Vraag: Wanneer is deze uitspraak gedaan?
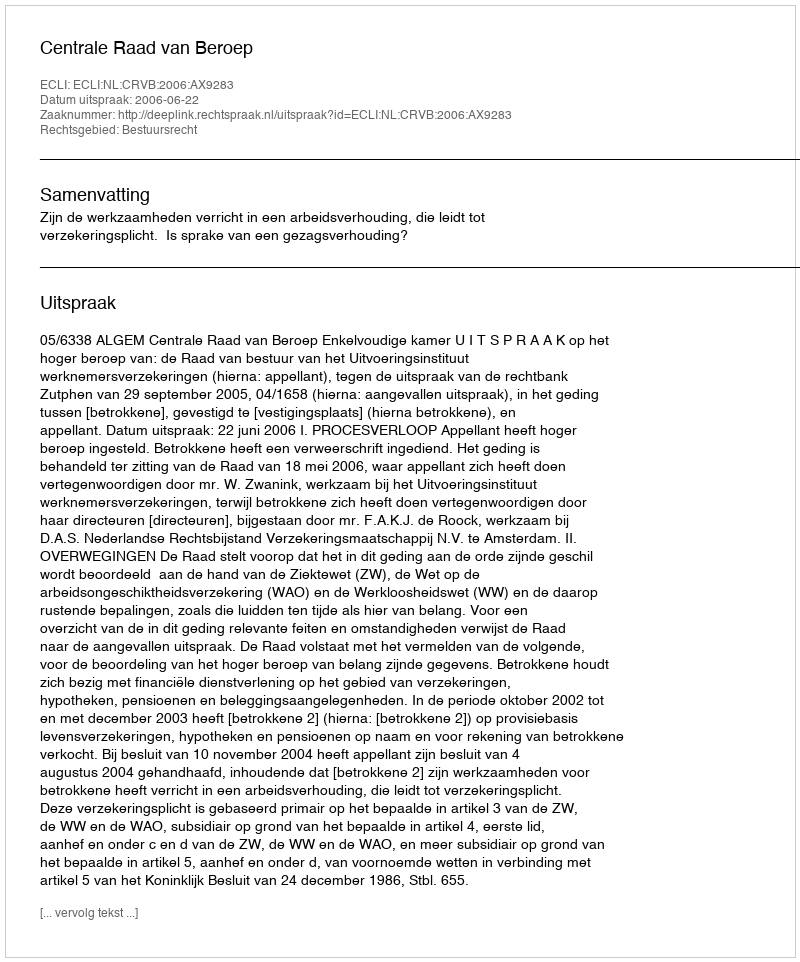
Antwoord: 2006-06-22